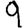
Digit: 9